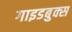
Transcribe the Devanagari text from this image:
गाइडबुक्स